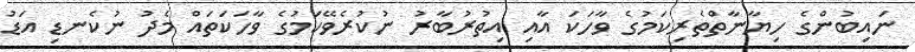
ނައިބުންގެ ހިޔާނާތްތެރިކަމުގެ ވާހަކަ އާއި އިތުރުބާރު ނުކުރެވޭކަމުގެ ވާހަކަތައް މެދު ނުކެނޑި އަޑު